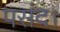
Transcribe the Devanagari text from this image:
पसंद।